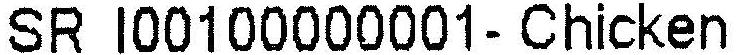
SR I00100000001-CHICKEN